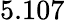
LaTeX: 5.107